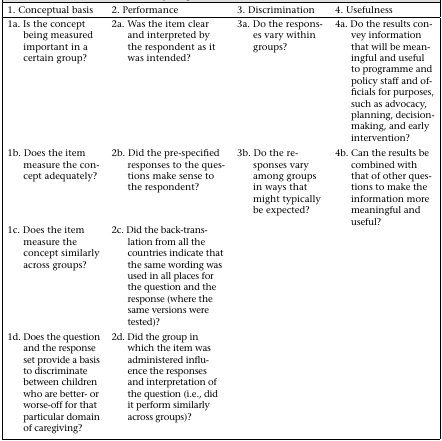
<table><thead><tr><td><b>1. Conceptual basis</b></td><td><b>2. Performance</b></td><td><b>3. Discrimination</b></td><td><b>4. Usefulness</b></td></tr></thead><tbody><tr><td>1a. Is the concept being measured important in a certain group?</td><td>2a. Was the item clear and interpreted by the respondent as it was intended?</td><td>3a. Do the responses vary within groups?</td><td>4a. Do the results convey information that will be meaningful and useful to programme and policy staff and officials for purposes, such as advocacy, planning, decision-making, and early intervention?</td></tr><tr><td>1b. Does the item measure the concept adequately?</td><td>2b. Did the pre-specified responses to the questions make sense to the respondent?</td><td>3b. Do the responses vary among groups in ways that might typically be expected?</td><td>4b. Can the results be combined with that of other questions to make the information more meaningful and useful?</td></tr><tr><td>1c. Does the item measure the concept similarly across groups?</td><td>2c. Did the back-translation from all the countries indicate that the same wording was used in all places for the question and the response (where the same versions were tested)?</td><td></td><td></td></tr><tr><td>1d. Does the question and the response set provide a basis to discriminate between children who are better or worse-off for that particular domain of caregiving?</td><td>2d. Did the group in which the item was administered influence the responses and interpretation of the question (i.e., did it perform similarly across groups)?</td><td></td><td></td></tr></tbody></table>